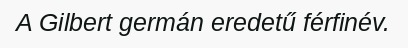
A Gilbert germán eredetű férfinév.